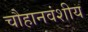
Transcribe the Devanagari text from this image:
चौहानवंशीय